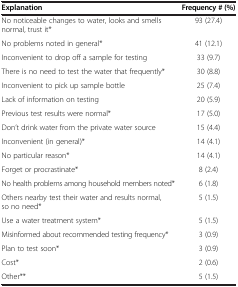
| Explanation | Frequency # (%) |
 | --- | --- |
 | No noticeable changes to water, looks and smells normal, trust it* | 93 (27.4) |
 | No problems noted in general* | 41 (12.1) |
 | Inconvenient to drop off a sample for testing | 33 (9.7) |
 | There is no need to test the water that frequently* | 30 (8.8) |
 | Inconvenient to pick up sample bottle | 25 (7.4) |
 | Lack of information on testing | 20 (5.9) |
 | Previous test results were normal* | 17 (5.0) |
 | Don’t drink water from the private water source | 15 (4.4) |
 | Inconvenient (in general)* | 14 (4.1) |
 | No particular reason* | 14 (4.1) |
 | Forget or procrastinate* | 8 (2.4) |
 | No health problems among household members noted* | 6 (1.8) |
 | Others nearby test their water and results normal, so no need* | 5 (1.5) |
 | Use a water treatment system* | 5 (1.5) |
 | Misinformed about recommended testing frequency* | 3 (0.9) |
 | Plan to test soon* | 3 (0.9) |
 | Cost* | 2 (0.6) |
 | Other** | 5 (1.5) |